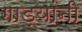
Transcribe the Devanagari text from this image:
गाड्यांनी